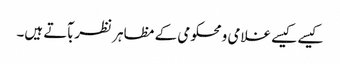
کیسے کیسے غلامی ومحکومی کے مظاہر نظربآتے ہیں۔